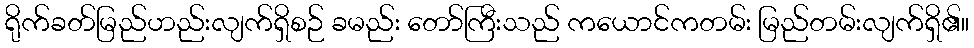
ရိုက်ခတ်မြည်ဟည်းလျက်ရှိစဉ် ခမည်း တော်ကြီးသည် ကယောင်ကတမ်း မြည်တမ်းလျက်ရှိ၏။